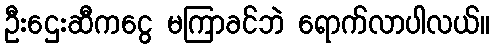
ဦးဌေးဆီကငွေ မကြာခင်ဘဲ ရောက်လာပါလယ်။